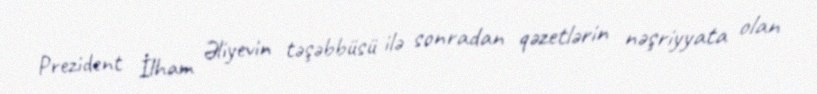
Prezident İlham Əliyevin təşəbbüsü ilə sonradan qəzetlərin nəşriyyata olan